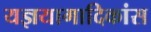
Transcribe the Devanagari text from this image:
यज्ञयागादिकांस